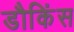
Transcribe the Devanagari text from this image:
डौकिंस